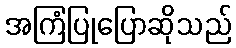
အကြံပြုပြောဆိုသည်